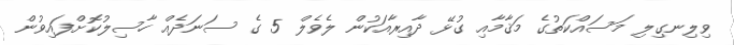
ވިލިނގިލި މަސައްކަތުގެ މަޤާމާއި ގުޅޭ ދާއިރާއަކުން ލެވެލް 5 ގެ ސަނަދެއް ހާސިލުކޮށްފައިވުން